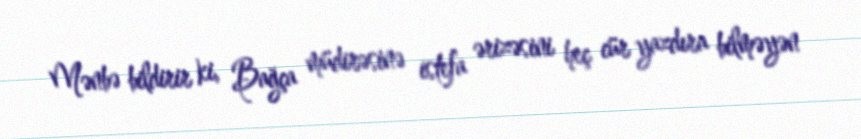
Mənbə bildirir ki, Bağça müdirəsinə istefa ərizəsini heç cür yazdıra bilməyən